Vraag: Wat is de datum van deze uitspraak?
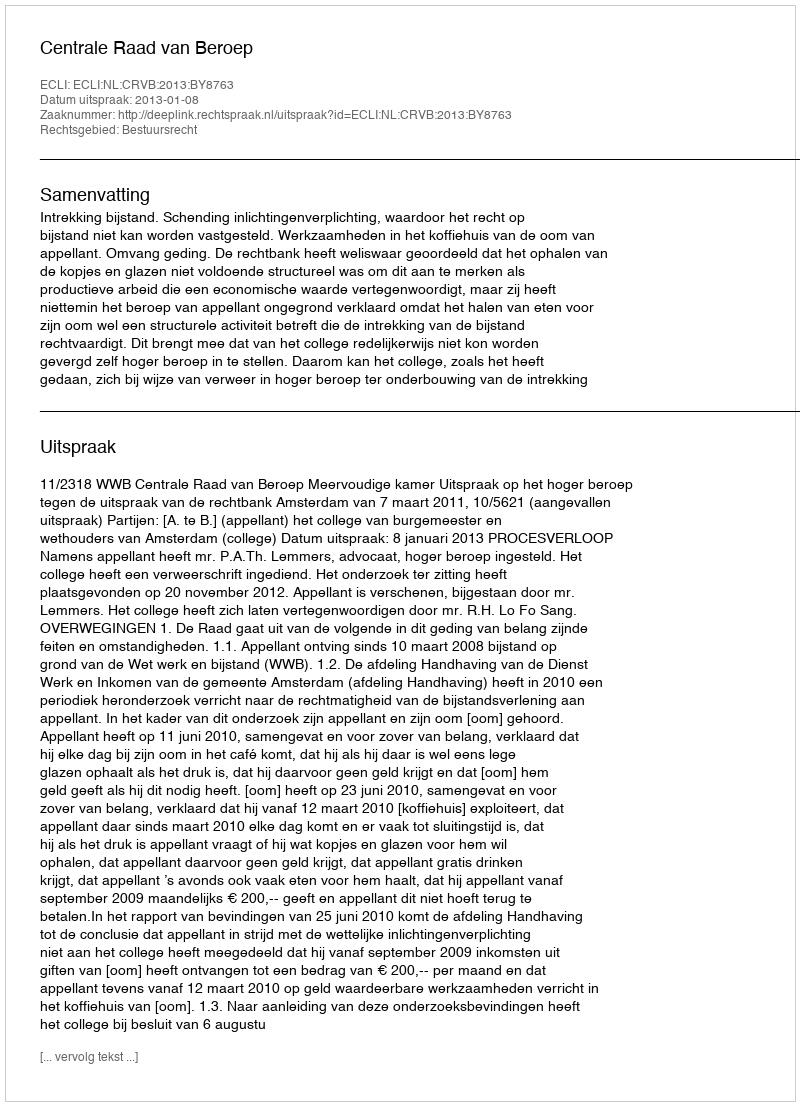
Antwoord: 2013-01-08